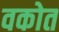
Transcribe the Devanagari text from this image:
वकोत